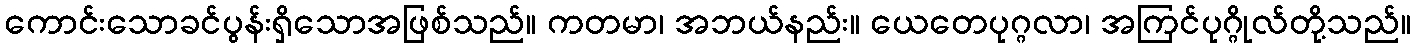
ကောင်းသောခင်ပွန်းရှိသောအဖြစ်သည်။ ကတမာ၊ အဘယ်နည်း။ ယေတေပုဂ္ဂလာ၊ အကြင်ပုဂ္ဂိုလ်တို့သည်။